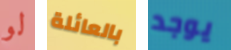
لو بالعائلة يوجد